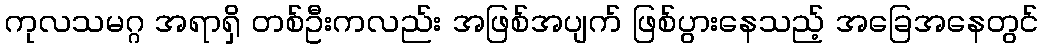
ကုလသမဂ္ဂ အရာရှိ တစ်ဦးကလည်း အဖြစ်အပျက် ဖြစ်ပွားနေသည့် အခြေအနေတွင်